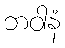
ဘဝါနံ